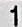
1